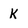
Character: K